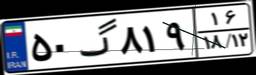
۵۰گ۹۴۲۷۱